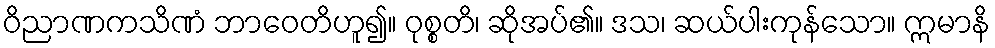
ဝိညာဏကသိဏံ ဘာဝေတိဟူ၍။ ဝုစ္စတိ၊ ဆိုအပ်၏။ ဒသ၊ ဆယ်ပါးကုန်သော။ ဣမာနိ